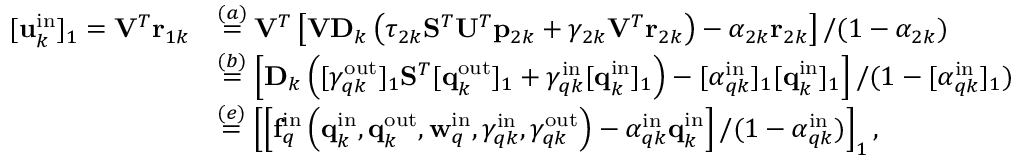
\begin{array} { r l } { [ \mathbf { u } _ { k } ^ { \mathrm { i n } } ] _ { 1 } = \mathbf { V } ^ { T } \mathbf { r } _ { 1 k } } & { \stackrel { ( a ) } { = } \mathbf { V } ^ { T } \left[ \mathbf { V } \mathbf { D } _ { k } \left( \tau _ { 2 k } \mathbf { S } ^ { T } \mathbf { U } ^ { T } \mathbf { p } _ { 2 k } + \gamma _ { 2 k } \mathbf { V } ^ { T } \mathbf { r } _ { 2 k } \right) - \alpha _ { 2 k } \mathbf { r } _ { 2 k } \right] / ( 1 - \alpha _ { 2 k } ) } \\ & { \stackrel { ( b ) } { = } \left[ \mathbf { D } _ { k } \left( [ \gamma _ { q k } ^ { \mathrm { o u t } } ] _ { 1 } \mathbf { S } ^ { T } [ \mathbf { q } _ { k } ^ { \mathrm { o u t } } ] _ { 1 } + \gamma _ { q k } ^ { \mathrm { i n } } [ \mathbf { q } _ { k } ^ { \mathrm { i n } } ] _ { 1 } \right) - [ \alpha _ { q k } ^ { \mathrm { i n } } ] _ { 1 } [ \mathbf { q } _ { k } ^ { \mathrm { i n } } ] _ { 1 } \right] / ( 1 - [ \alpha _ { q k } ^ { \mathrm { i n } } ] _ { 1 } ) } \\ & { \stackrel { ( e ) } { = } \left[ \left[ \mathbf { f } _ { q } ^ { \mathrm { i n } } \left( \mathbf { q } _ { k } ^ { \mathrm { i n } } , \mathbf { q } _ { k } ^ { \mathrm { o u t } } , \mathbf { w } _ { q } ^ { \mathrm { i n } } , \gamma _ { q k } ^ { \mathrm { i n } } , \gamma _ { q k } ^ { \mathrm { o u t } } \right) - \alpha _ { q k } ^ { \mathrm { i n } } \mathbf { q } _ { k } ^ { \mathrm { i n } } \right] / ( 1 - \alpha _ { q k } ^ { \mathrm { i n } } ) \right] _ { 1 } , } \end{array}